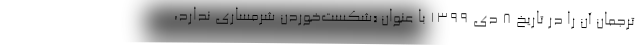
ترجمان آن را در تاریخ ۸ دی ۱۳۹۹ با عنوان «شکست‌خوردن شرمساری ندارد،